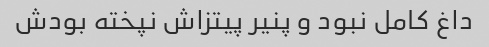
داغ کامل نبود و پنیر پیتزاش نپخته بودش